Report of the Imperial Institute of Veterinary Research, Muktesar
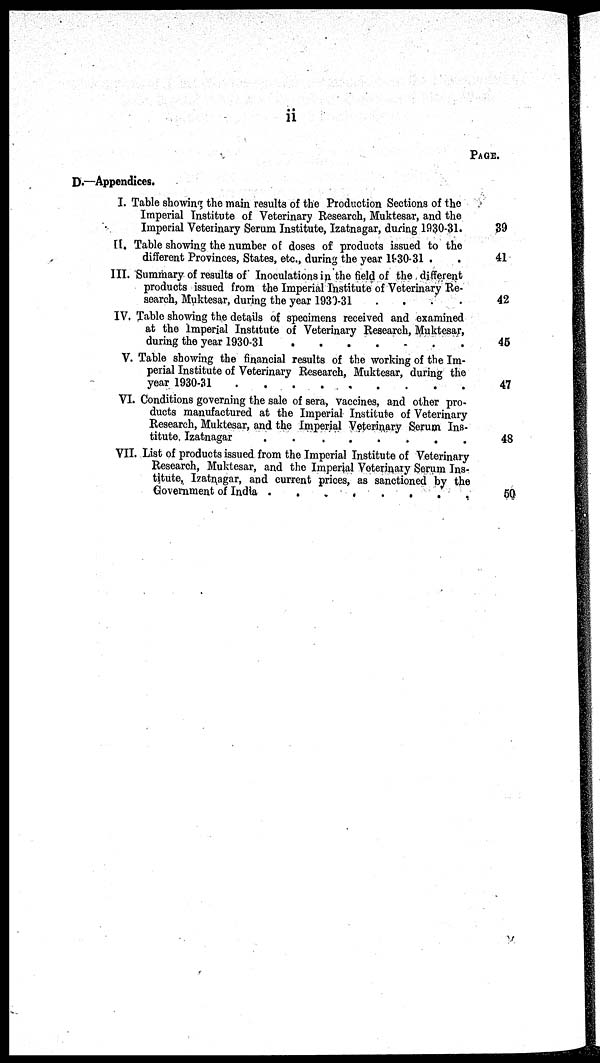
ii
PAGE.
D.—Appendices.
I.
II.
III.
IV.
V.
VI.
VII.
Table showing the main results of the Production Sections of the
Imperial Institute of Veterinary Research, Muktesar, and the
Imperial Veterinary Serum Institute, Izatnagar, during 1930-31.
Table showing the number of doses of products issued to the
different Provinces, States, etc., during the year 1930-31 .
Summary of results of Inoculations in the field of the different
products issued from the Imperial Institute of Veterinary Re-
search, Muktesar, during the year 1930-31
....
Table showing the details of specimens received and examined
at the Imperial Institute of Veterinary Research, Muktesar,
during the year 1930-31
Table showing the financial results of the working of the Im-
perial Institute of Veterinary Research, Muktesar, during the
year 1930-31
Conditions governing the sale of sera, vaccines, and other pro-
ducts manufactured at the Imperial Institute of Veterinary
Research, Muktesar, and the Imperial Veterinary Serum Ins-
titute, Izatnagar
.
......
List of products issued from the Imperial Institute of Veterinary
Research, Muktesar, and the Imperial Veterinary Serum Ins-
titute, Izatnagar, and current prices, as sanctioned by the
Government of India
39
41
42
45
47
48
50